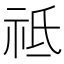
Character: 祗